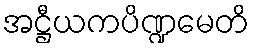
အဋ္ဌီယကပိဏ္ဍမေတိ